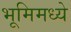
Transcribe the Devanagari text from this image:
भूमिमध्ये